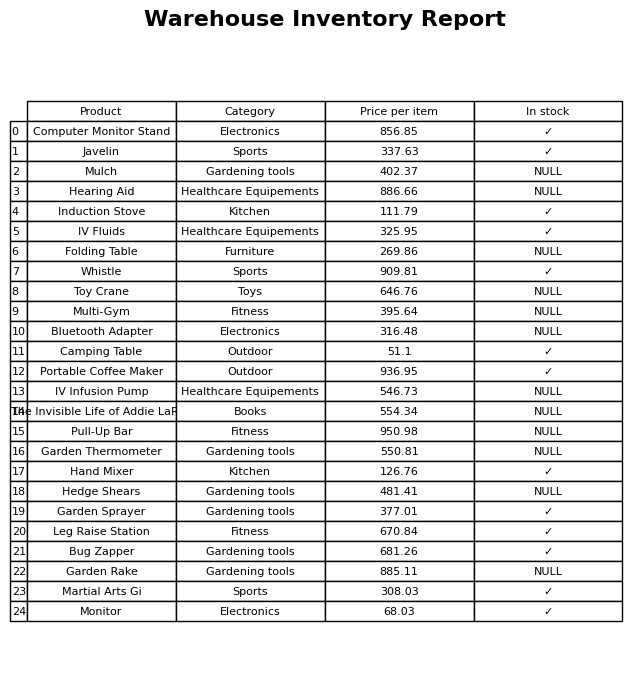
question: What is the price of the Induction Stove?
answer: The price of Induction Stove is 111.79.